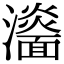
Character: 𩉀